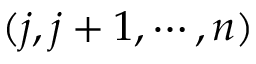
( j , j + 1 , \cdots , n )